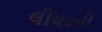
લીયરનો